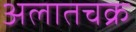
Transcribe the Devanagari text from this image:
अलातचक्र